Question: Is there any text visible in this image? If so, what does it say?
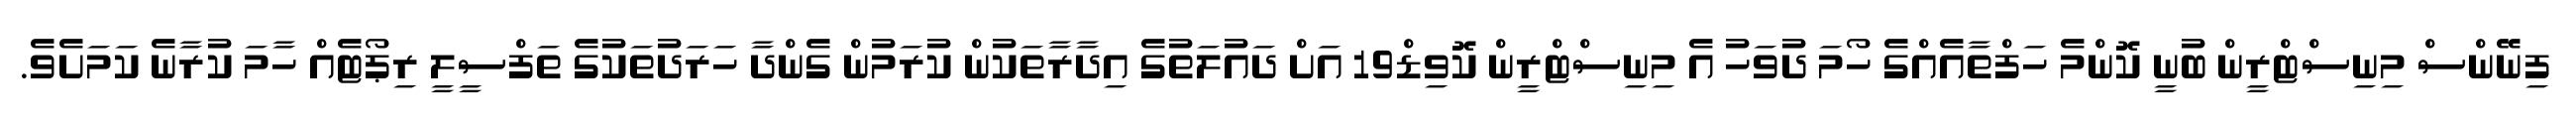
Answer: ފިނޭންސް މިނިސްޓްރީން ބުނީ ކޮންމެ ހަފްތާއެއްގެ ހޯމަ ދުވަހު އެ މިނިސްޓްރީން ކޮވިޑް19 އަށް ދައުލަތުގެ އިދާރާތަކުން ކުރަމުން ގެންދާ ހަރަދުތަކުގެ ތަފްސީލީ ރިޕޯޓެއް ހާމަ ކުރާނެ ކަމަށެވެ.